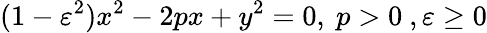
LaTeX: (1-\varepsilon^{2})x^{2}-2px+y^{2}=0,\ p>0\ ,\varepsilon\geq 0